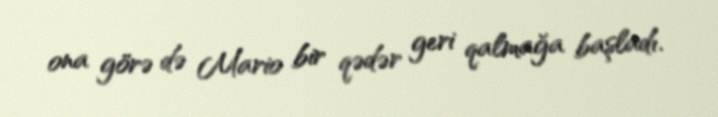
ona görə də Mario bir qədər geri qalmağa başladı.